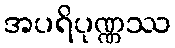
အပရိပုဏ္ဏဿ